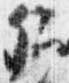
卿